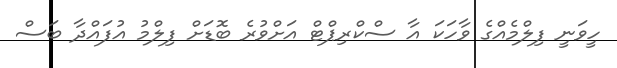
ހީވަނީ ފިލްމެއްގެ ވާހަކަ އާ ސްކްރިޕްޓް އަށްވުރެ ބޮޑަށް ފިލްމު އުފައްދާ ބަސް